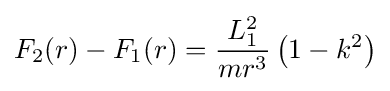
F_{2}(r)-F_{1}(r)={\frac {L_{1}^{2}}{mr^{3}}}\left(1-k^{2}\right)